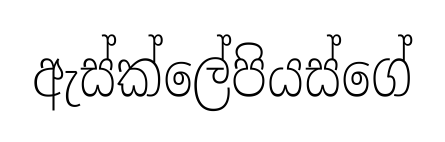
ඇස්ක්ලේපියස්ගේ